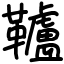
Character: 𩍼